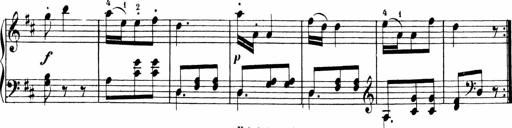
Title: Sonatinen Op.47, 98 und 136, nebst 6 Liedersonatinen
Composer: Carl Reinecke